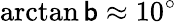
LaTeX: \arctan\mathsf{b}\approx10^{\circ}